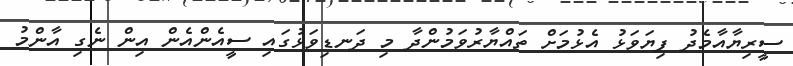
ސީރިޔާއާމެދު ފިޔަވަޅު އެޅުމަށް ތައްޔާރުވަމުންދާ މި ދަނޑިވަޅުގައި ސީއެންއެން އިން ނެގި އާންމު